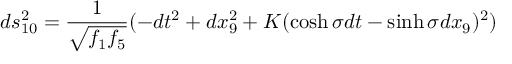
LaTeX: d s _ { 1 0 } ^ { 2 } = \frac { 1 } { \sqrt { f _ { 1 } f _ { 5 } } } ( - d t ^ { 2 } + d x _ { 9 } ^ { 2 } + K ( \cosh \sigma d t - \sinh \sigma d x _ { 9 } ) ^ { 2 } )